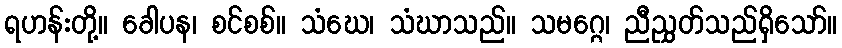
ရဟန်းတို့။ ခေါပန၊ စင်စစ်။ သံဃေ၊ သံဃာသည်။ သမဂ္ဂေ၊ ညီညွှတ်သည်ရှိသော်။